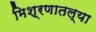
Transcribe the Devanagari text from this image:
मिश्रणातल्या